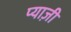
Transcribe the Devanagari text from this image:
प्याज़ी